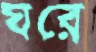
ঘরে